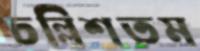
চল্লিশতম